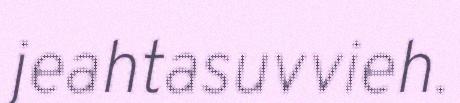
jeahtasuvvieh.